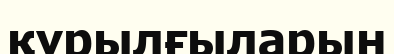
құрылғыларын